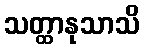
သတ္ထာနုသာသိ